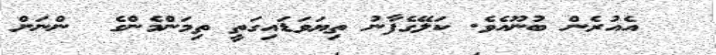
އެއުރެން ބުނޫއެވެ. ކަލޭގެފާނު ތިޔަވަޑައިގަތީ ތިމަންމެންގެ  ންނަށް